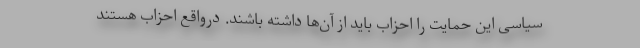
سیاسی این حمایت را احزاب باید از آن‌ها داشته باشند. درواقع احزاب هستند